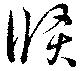
倐